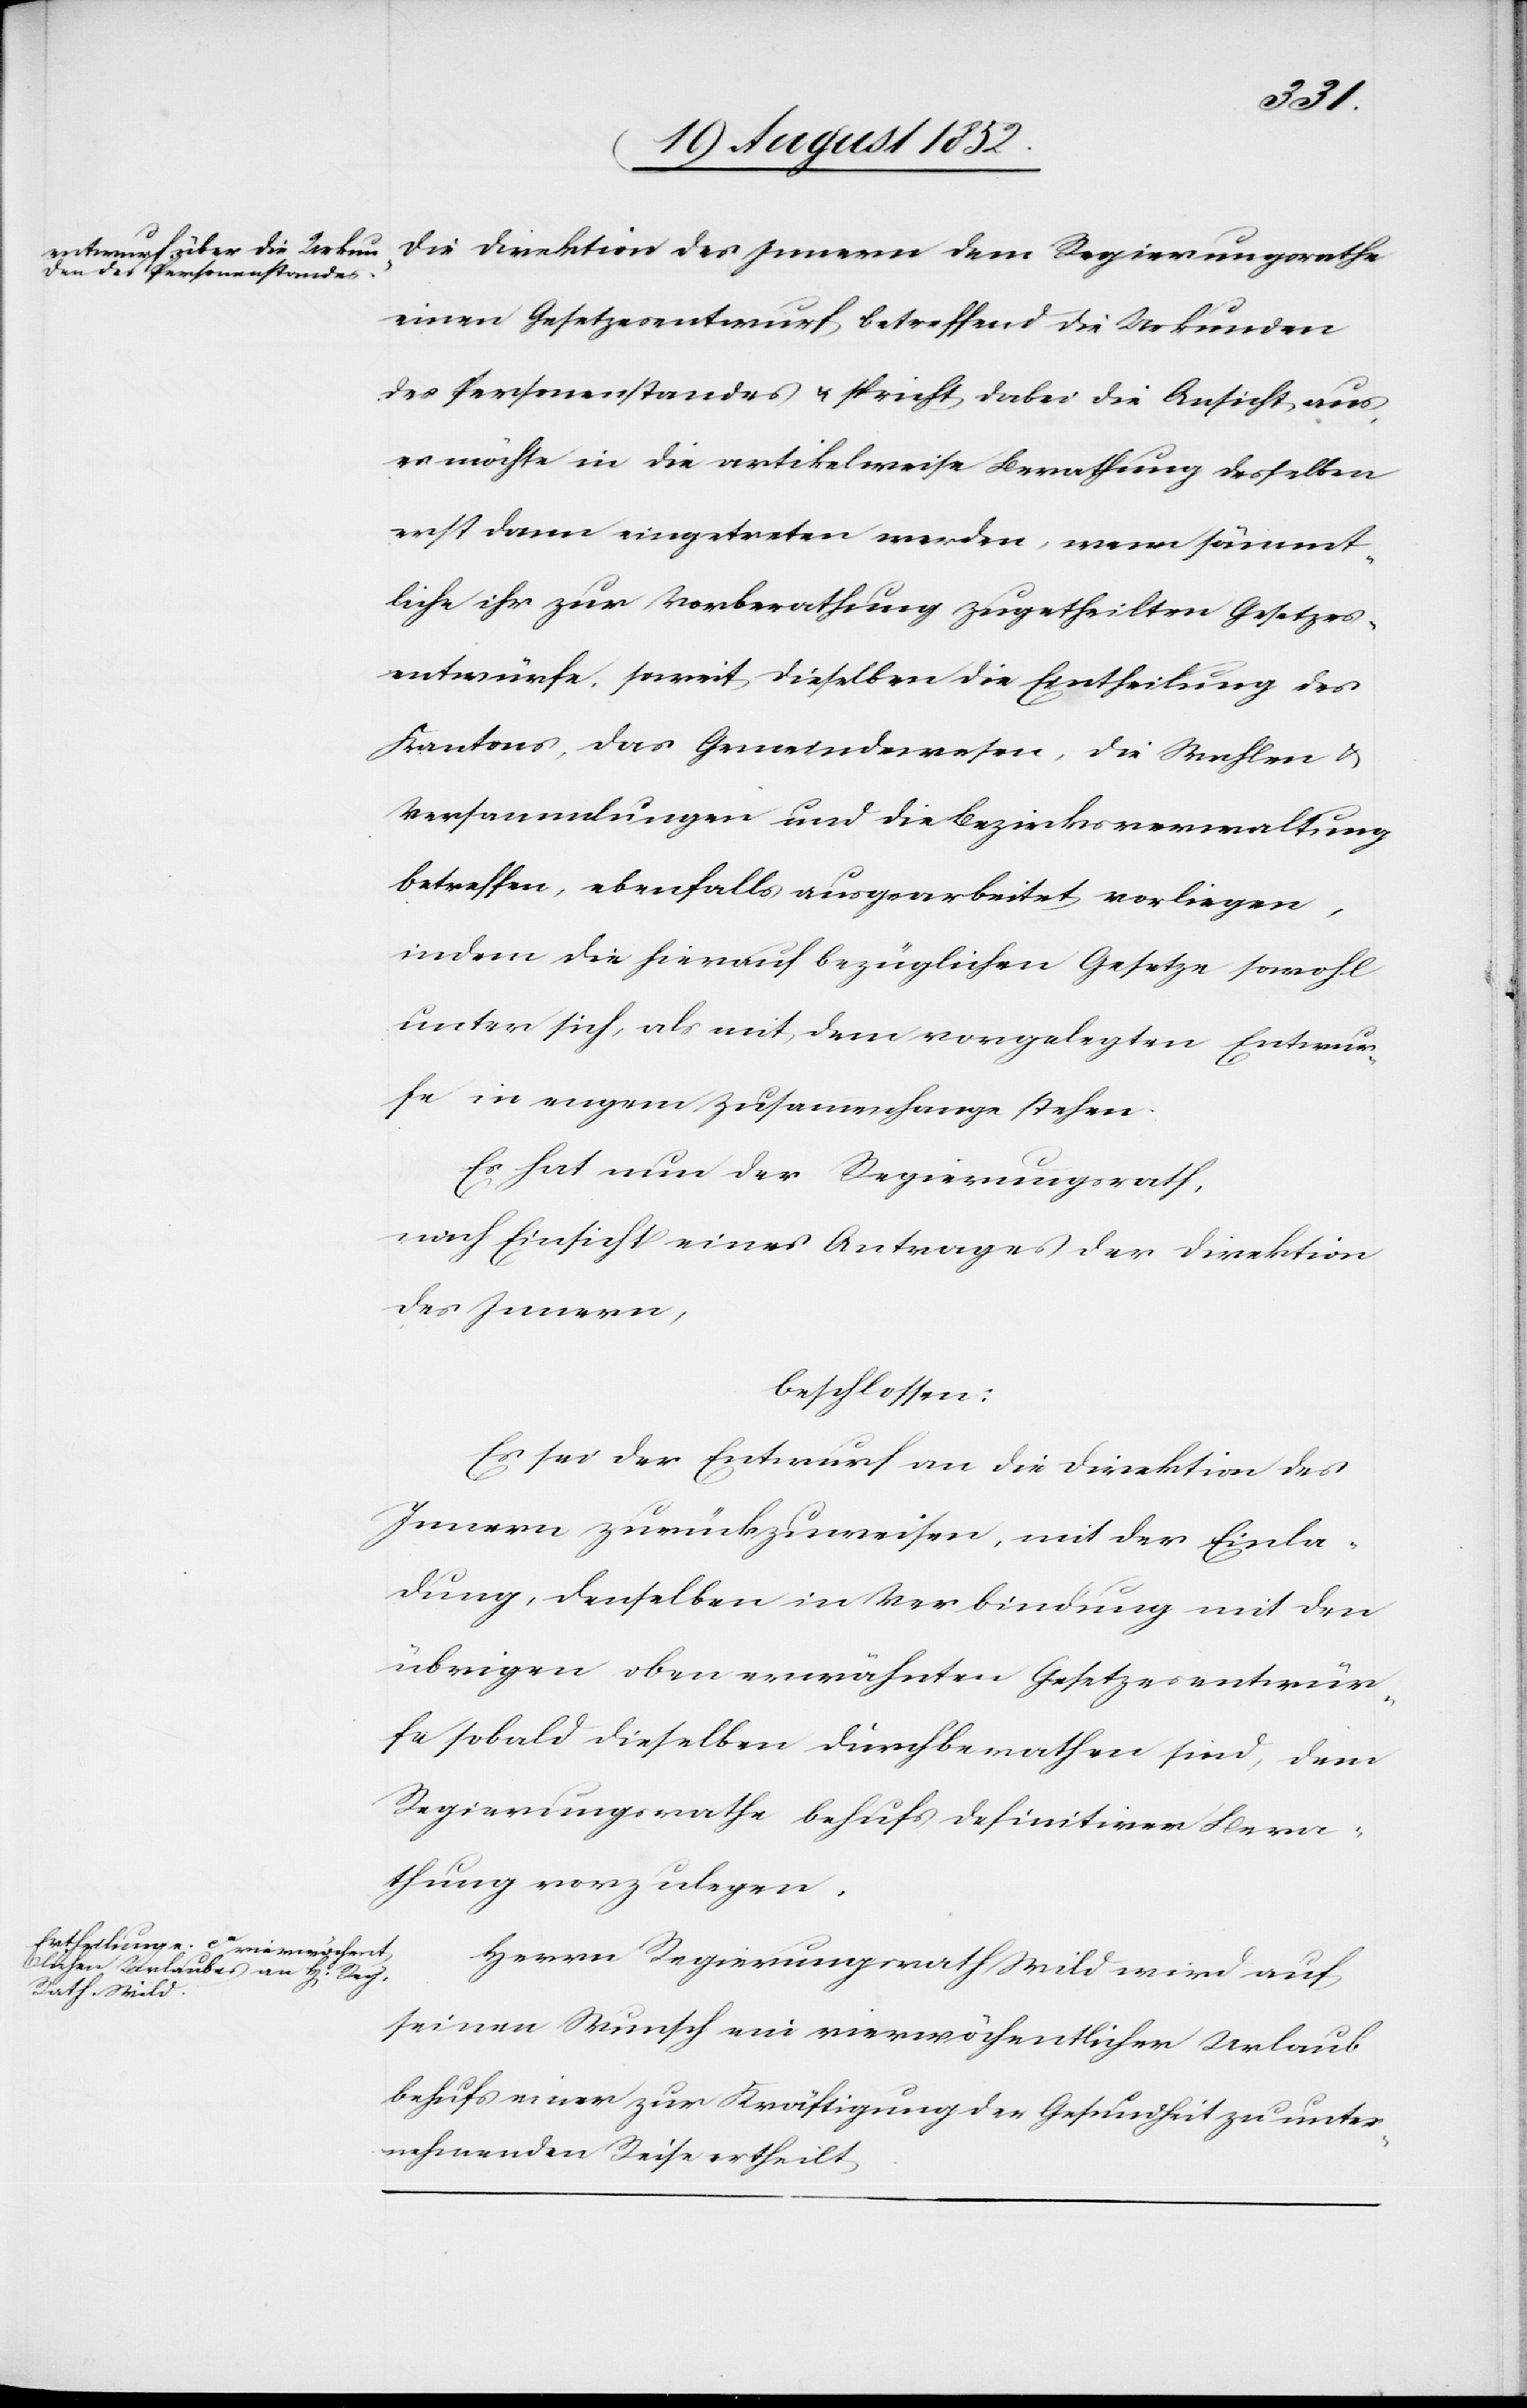
die Direktion des Innern dem Regierungsrathe
einen Gesetzesentwurf betreffend die Urkunden
des Personenstandes & spricht dabei die Ansicht aus,
es möchte in die artikelweise Berathung desselben
erst dann eingetreten werden, wenn sämmt¬
liche ihr zur Vorberathung zugetheilten Gesetzes¬
entwürfe, soweit dieselben die Eintheilung des
Kantons, das Gemeindewesen, die Wahlen &
Versammlungen und die Bezirksverwaltung
betreffen, ebenfalls ausgearbeitet vorliegen,
indem die hierauf bezüglichen Gesetze sowohl
unter sich, als mit dem vorgelegten Entwur¬
fe in engem Zusammenhange stehen.
Es hat nun der Regierungsrath,
nach Einsicht eines Antrages der Direktion
des Innern,
beschlossen:
Es sei der Entwurf an die Direktion des
Innern zurückzuweisen, mit der Einla¬
dung, denselben in Verbindung mit den
übrigen oben erwähnten Gesetzesentwür¬
fe[n] sobald dieselben durchberathen sind, dem
Regierungsrathe behufs definitiver Bera¬
thung vorzulegen.
Herrn Regierungsrath Wild wird auf
seinen Wunsch ein vierwöchentlicher Urlaub
behufs einer zur Kräftigung der Gesundheit zu unter¬
nehmenden Reise ertheilt.